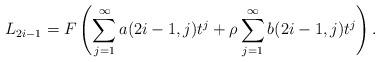
LaTeX: \begin{align*}L_{2i-1}=F\left(\sum_{j=1}^\infty a(2i-1,j)t^j+ \rho \sum_{j=1}^\infty b(2i-1,j)t^j \right). \end{align*}